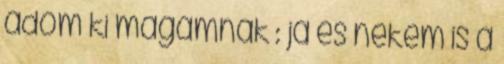
adom ki magamnak : ja és nekem is a